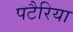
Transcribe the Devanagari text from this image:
पटैरिया